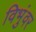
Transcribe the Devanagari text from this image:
विभुंवर